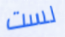
لست